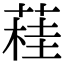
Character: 蓕